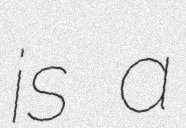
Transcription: is a